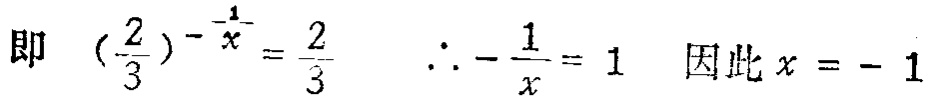
即 \((\frac{2}{3})^{-\frac{1}{x}} = \frac{2}{3}\)  \(\therefore -\frac{1}{x} = 1\)  因此 \(x = - 1\)